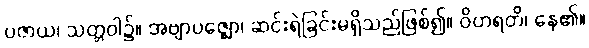
ပဇာယ၊ သတ္တဝါ၌။ အဗျာပဇ္ဈော၊ ဆင်းရဲခြင်းမရှိသည်ဖြစ်၍။ ဝိဟရတိ၊ နေ၏။